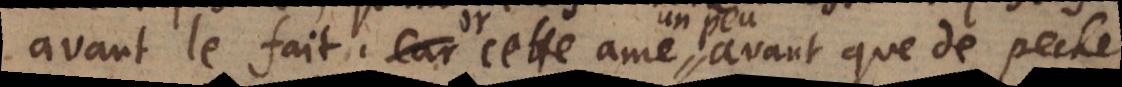
avant le fait. Car cette ame Or cette ame